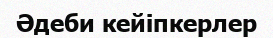
Әдеби кейіпкерлер